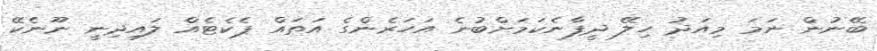
ބޭނުން ނަމަ މިއަދު ހިލޭ ދީފާނެކަމަށްބުނެ އަހަރެންގެ އަތައް ޕެކެޓެއް ލައިދިނީ ނޫނެކޭ